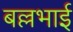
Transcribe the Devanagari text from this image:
बल्लभाई